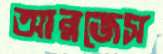
আরজেস